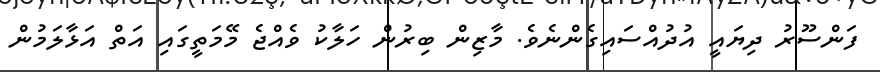
ފަންސޫރު ދިޔައީ އުދުއްސައިގެންނެވެ. މާޒިން ބިރުން ހަލާކު ވެއްޖެ މޭމަތީގައި އަތް އަޅާލަމުން